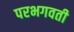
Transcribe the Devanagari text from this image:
परभगवती